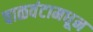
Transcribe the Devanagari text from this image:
वाळवंटामधून